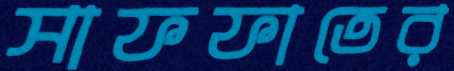
সাফফাতের